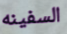
السفينه